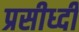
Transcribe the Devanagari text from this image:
प्रसीध्दी